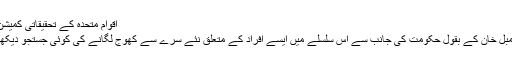
اقوام متحدہ کے تحقیقاتی کمیشن کے سربراہ چلی کے سفارتکار Heraldo Munoz,
پاکستان میں ادارہ برائے سٹریٹیجک امور سے وابستہ سمبل خان کے بقول حکومت کی جانب سے اس سلسلے میں ایسے افراد کے متعلق نئے سرے سے کھوج لگانے کی کوئی جستجو دیکھنے میں نہیں آرہی، جو ابھی پاکستان ہی میں م‍وجود ہیں۔